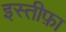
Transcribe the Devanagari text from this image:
इस्‍तीफ़ा